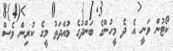
ކޯޓުން ވަނީ އެ ދެ މީހުންގެ ބަންދުގެ މުއްދަތު މީގެ ކުރިން ވެސް